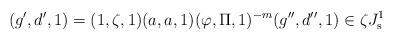
LaTeX: \begin{align*} (g',d',1)=(1,\zeta,1)(a,a,1)(\varphi,\Pi,1)^{-m}(g'',d'',1)\in \zeta J^1_{\mathrm{s}} \end{align*}